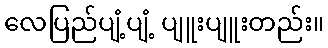
လေပြည်ပျံ့ပျံ့ ပျူးပျူးတည်း။